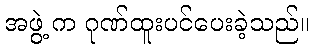
အဖွဲ့ က ဂုဏ်ထူးပင်ပေးခဲ့သည်။